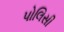
પોલિસી